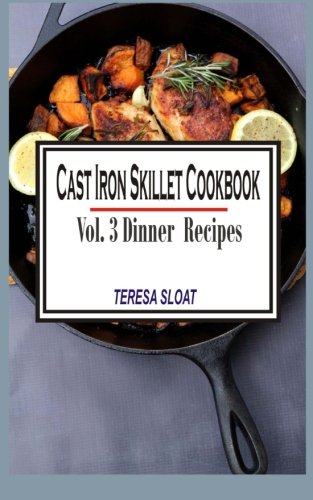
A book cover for Cast Iron Skillet Cookbook: Vol.3 Dinner Recipes; Teresa Sloat; Cookbooks, Food & Wine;